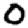
Digit: 0